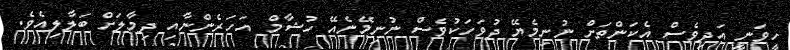
ހީވަނީ އަދިވެސް އެކަންތަށް ނުނިމެޔޭ ދުވަހަކުވެސް ނުނިމޭނެއޭ ހުޝާމް އަހަރެންނާއި ދިމާލަށް ބަލާލިއެވެ.